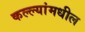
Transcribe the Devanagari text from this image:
कल्ल्यांमधील